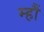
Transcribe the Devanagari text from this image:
म्हौं